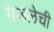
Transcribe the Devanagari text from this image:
गजलेची